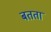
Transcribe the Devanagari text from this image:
बतता